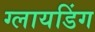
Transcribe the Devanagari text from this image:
ग्लायडिंग